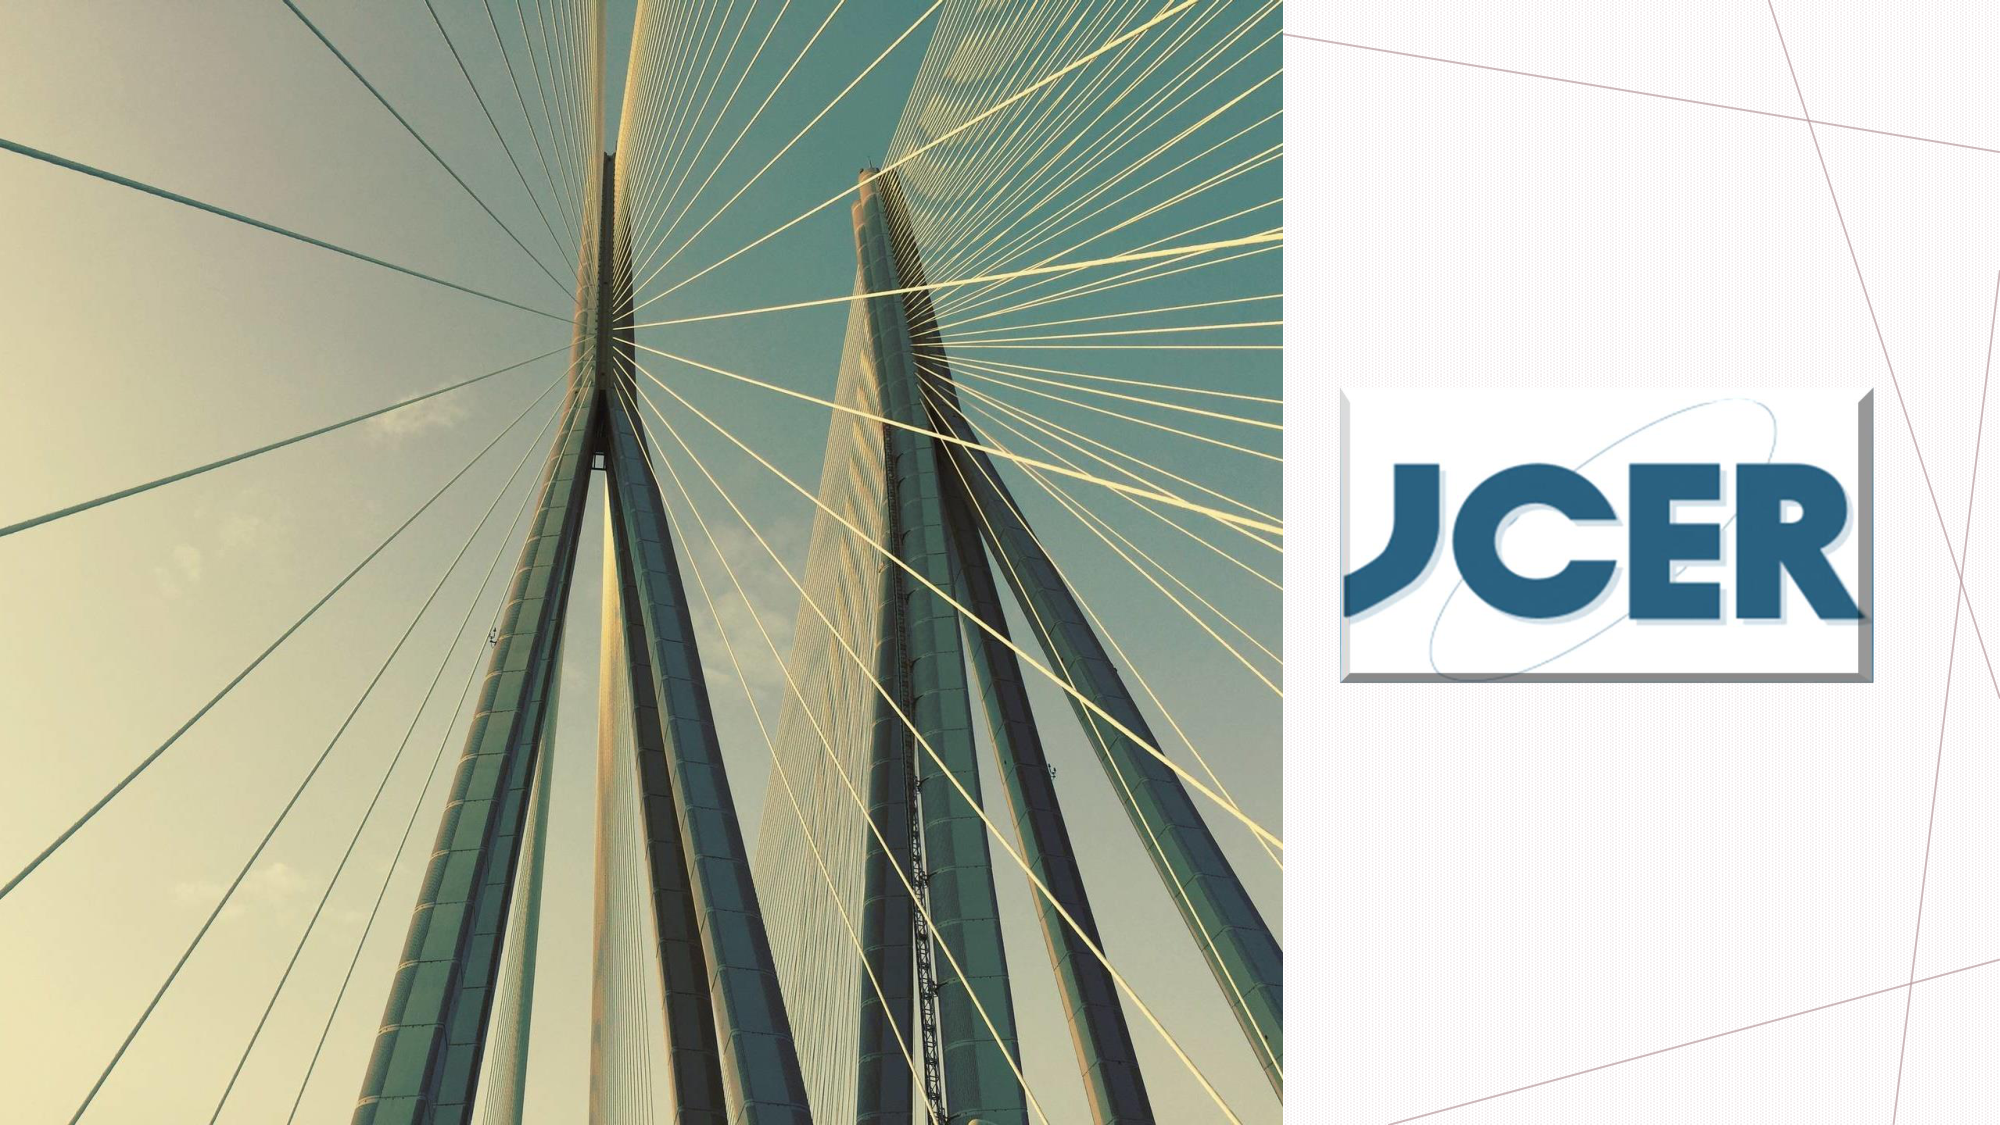
JCR